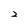
Character: 2